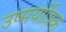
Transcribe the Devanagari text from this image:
उष्मयांत्रिक